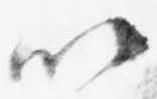
以